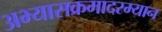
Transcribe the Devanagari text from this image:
अभ्यासक्रमादरम्यान